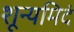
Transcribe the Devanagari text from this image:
शून्यमिदं